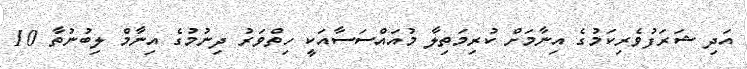
އަދި ޝަރަފުވެރިކަމުގެ އިނާމަށް ކުރިމަތިލާ މުއައްސަސާއަކީ ހިތްވަރު ދިނުމުގެ އިނާމް ލިބުނުތާ 10